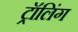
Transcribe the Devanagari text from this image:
ट्रॉलिंग